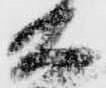
右